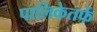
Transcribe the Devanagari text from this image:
पालिकेतर्फे